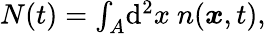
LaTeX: \begin{array}{r}{N(t)=\int_{A}\! \mathrm{d}^{2}x\ n({\boldsymbol{x}},t),}\end{array}